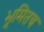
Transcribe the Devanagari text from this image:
भूमितच